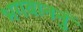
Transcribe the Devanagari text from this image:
भगवाननुं